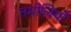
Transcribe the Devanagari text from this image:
तमोलियों